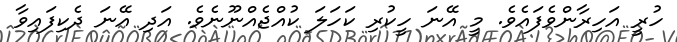
ހުރީ އަހިރާންވެފައެވެ. މީ އޭނަ ހީކުރި ކަހަލަ ކުއްޖެއްނޫނެވެ. އަދި އޭނަ ދެކިފައިވާ